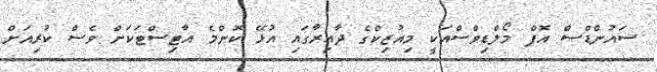
ސައުންޑްސް އޮފް މޯލްޑިވްސްއަކީ މިއުޒިކްގެ ދާއިރާގައި އުޅޭ ކޮންމެ އާޓިސްޓަކަށް ވެސް ކުރިއަށް